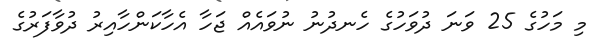
މި މަހުގެ 25 ވަނަ ދުވަހުގެ ހެނދުނު ނުވައެއް ޖަހާ އެހާކަންހާއިރު ދުވާފަރުގެ